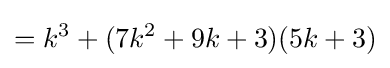
=k^{3}+(7k^{2}+9k+3)(5k+3)